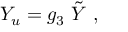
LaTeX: Y _ { u } = g _ { 3 } \ \tilde { Y } \ ,